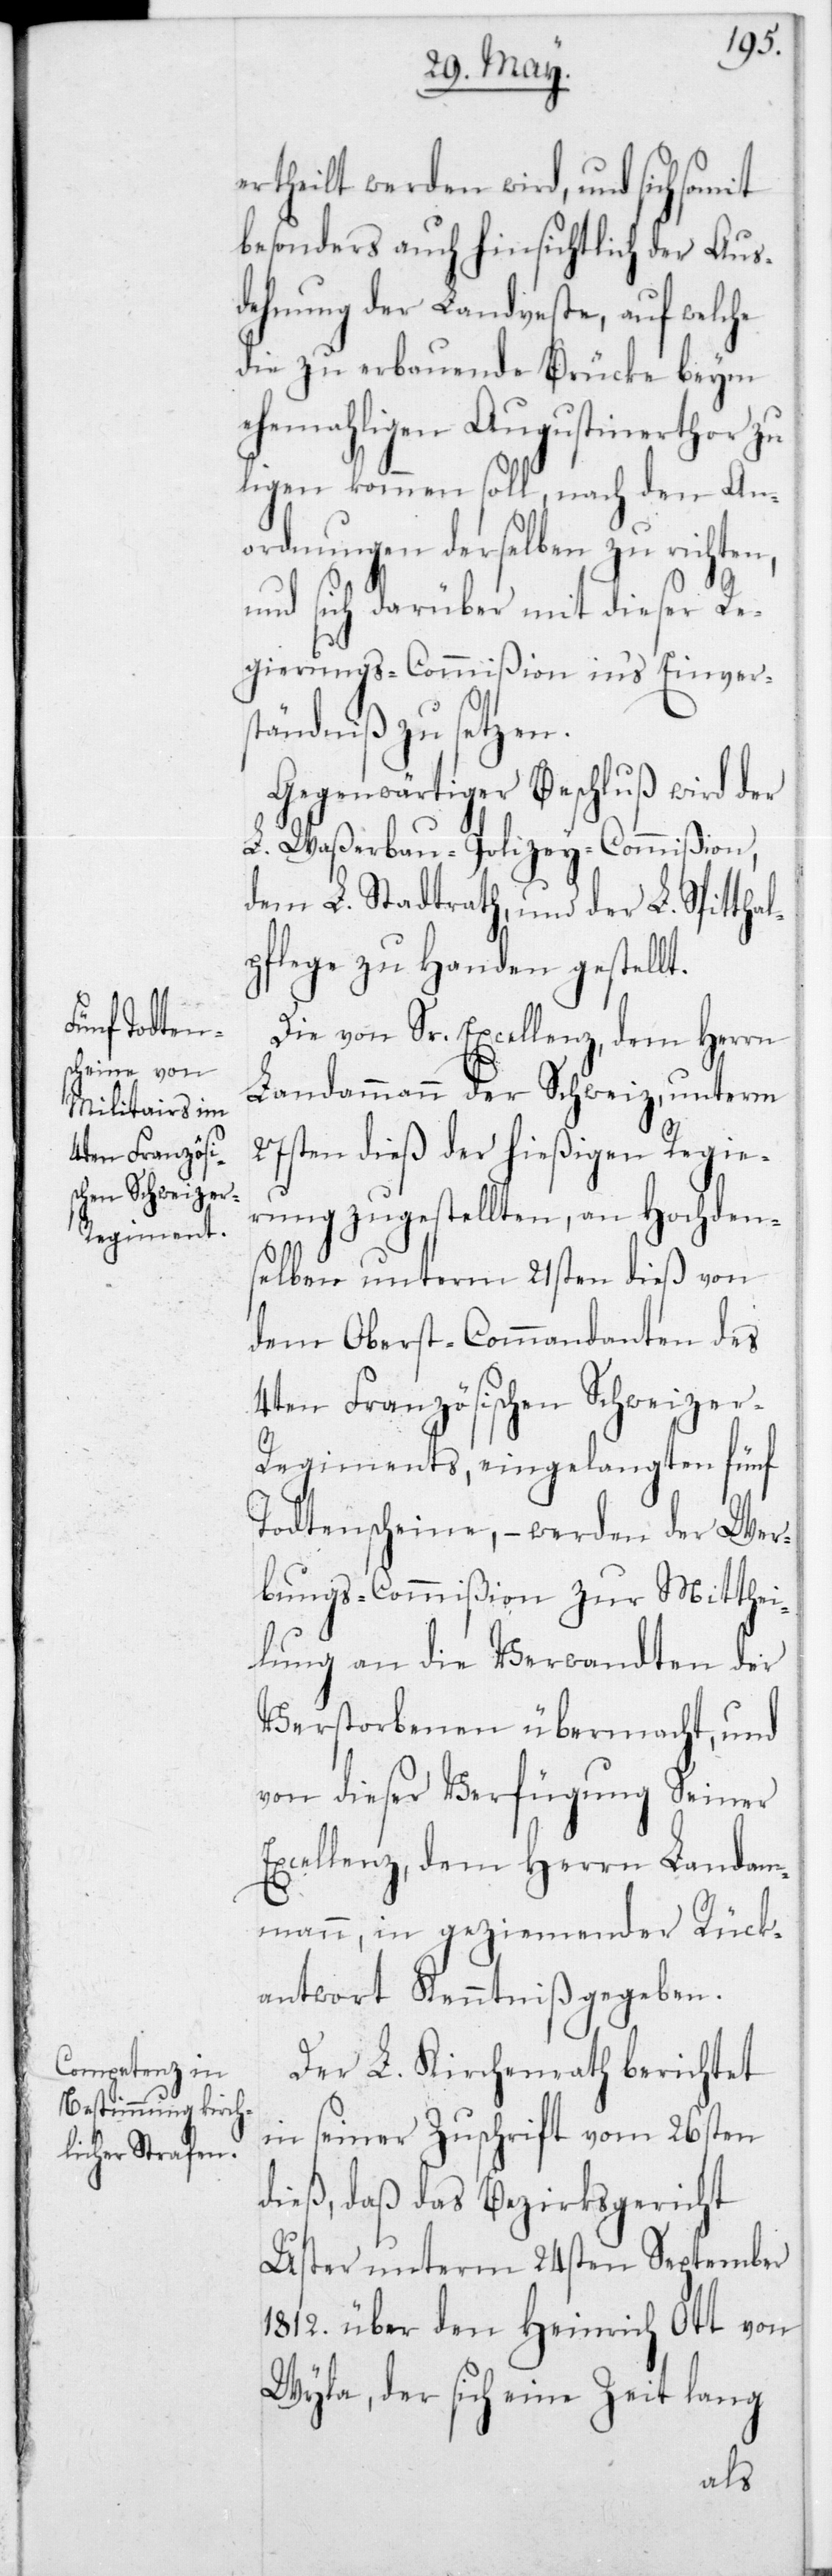
ertheilt werden wird, und sich somit
besonders auch hinsichtlich der Aus¬
dehnung der Landveste, auf welche
die zu erbauende Brücke beym
ehemaligen Augustinerthor zu
liegen kommen soll, nach den An¬
ordnungen derselben zu richten,
und sich darüber mit dieser Re¬
gierungs-Commißion ins Einvers¬
tändniß zu setzen.
Gegenwärtiger Beschluß wird der
L. Waßerbau-Polizey-Commißion,
dem L. Stadtrath und der L. Spitthal¬
pflege zu Handen gestellt.
Die von Sr. Excellenz, dem Herrn
Landammann der Schweiz, unterm
27sten dieß der hießigen Regie¬
rung zugestellten, an hochdem¬
selben unterm 21sten dieß von
dem Oberst-Commandanten des
4ten Französischen Schweize¬
r-Regiments, eingelangten fünf
Todtenscheine, – werden der Wer¬
bungs-Commißion zur Mitthei¬
lung an die Verwandten der
Verstorbenen übermacht, und
von dieser Verfügung Seiner
Excellenz, dem Herrn Landam¬
mann, in geziemender Rück¬
antwort Kenntniß gegeben.
Der L. Kirchenrath berichtet
in seiner Zuschrift vom 26sten
dieß, daß das Bezirksgericht
Uster unterm 24sten September
1812 über den Heinrich Ott von
Wyla, der sich eine Zeit lang